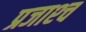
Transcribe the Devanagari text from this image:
प्रजाश्‍च